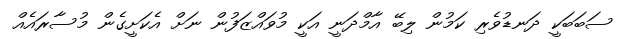
ސަބަބަކީ ދަނޑުވެރި ކަމުން ލިބޭ އާމްދަނީ އަކީ މުވައްޒަފުން ނަށް އެކަށީގެން މުސާރައެއް